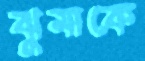
ঝুমাকে